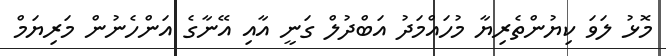
މޮޅު ލަވަ ކިޔުންތެރިޔާ މުހައްމަދު އަބްދުލް ގަނީ އާއި އޭނާގެ އަންހެނުން މަރިޔަމް